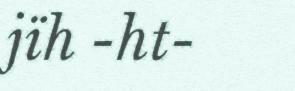
jïh -ht-